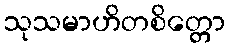
သုသမာဟိတစိတ္တော